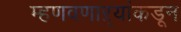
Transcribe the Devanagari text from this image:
म्हणवणाऱ्यांकडून